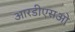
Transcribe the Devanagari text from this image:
आरडीएसओ